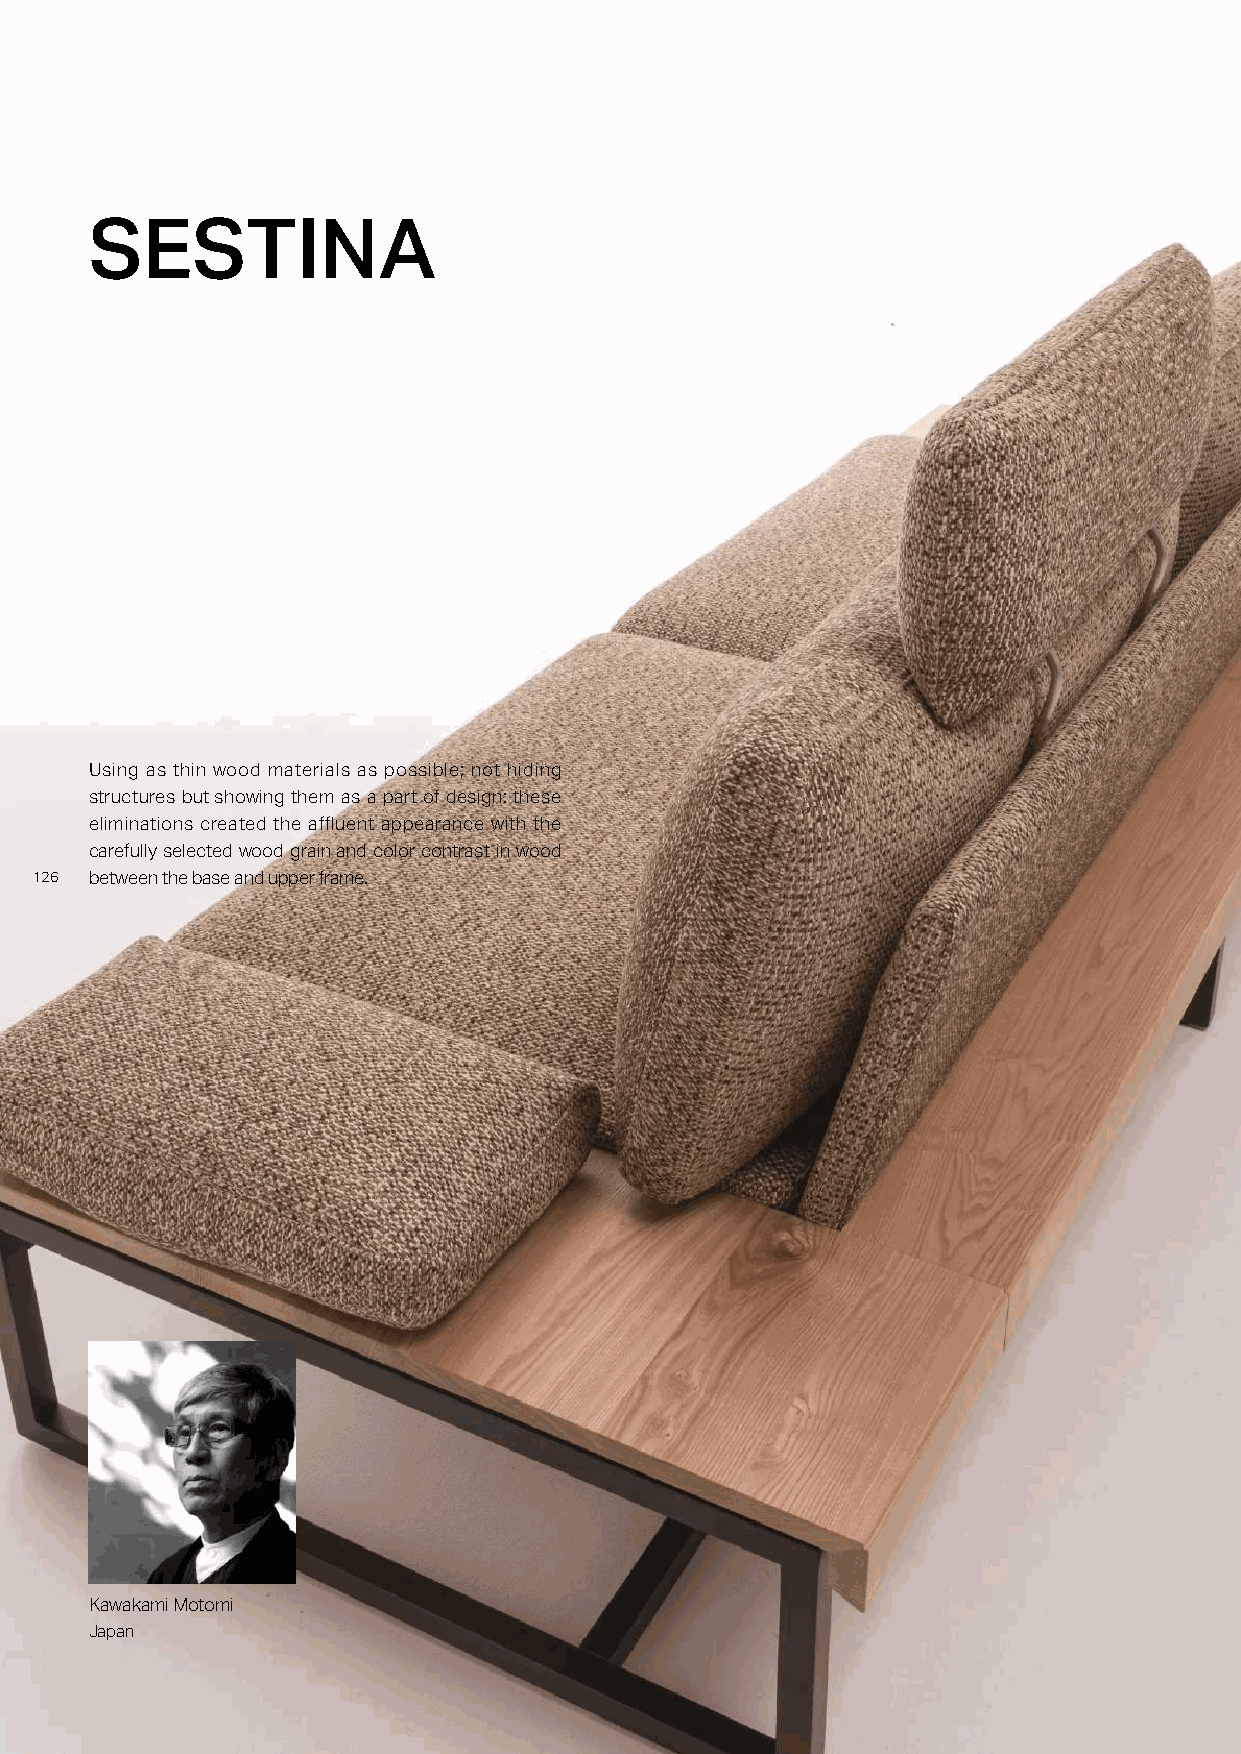
SESTINA
 Using as thin wood materials as possible; not hiding
 structures but showing them as a part of design: these
 eliminations created the affluent appearance with the
 carefully selected wood grain and color contrast in wood
 112266 between the base and upper frame.
 Kawakami Motomi
 Japan